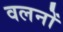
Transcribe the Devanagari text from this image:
वलनों